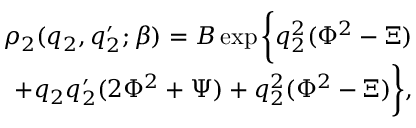
\begin{array} { r } { \rho _ { 2 } ( q _ { 2 } , q _ { 2 } ^ { \prime } ; \beta ) = B \exp \bigg \{ q _ { 2 } ^ { 2 } ( \Phi ^ { 2 } - \Xi ) } \\ { + q _ { 2 } q _ { 2 } ^ { \prime } ( 2 \Phi ^ { 2 } + \Psi ) + q _ { 2 } ^ { 2 } ( \Phi ^ { 2 } - \Xi ) \bigg \} , } \end{array}